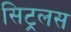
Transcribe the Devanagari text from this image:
सिट्रलस